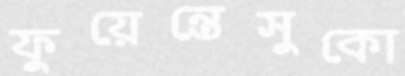
ফুয়েন্তেসুকো